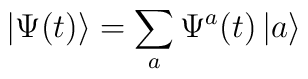
\left|  \Psi(t)\right\rangle =\sum_{a}\Psi^{a}(t)\left|  a\right\rangle